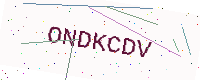
Text: ONDKCDV